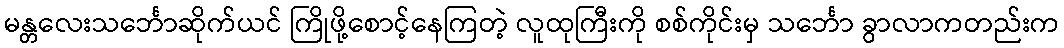
မန္တလေးသင်္ဘောဆိုက်ယင် ကြိုဖို့စောင့်နေကြတဲ့ လူထုကြီးကို စစ်ကိုင်းမှ သင်္ဘော ခွာလာကတည်းက